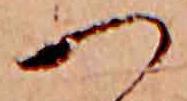
つ